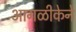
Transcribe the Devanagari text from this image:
आगळीकेने